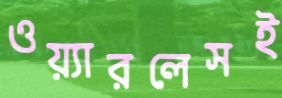
ওয়্যারলেসই